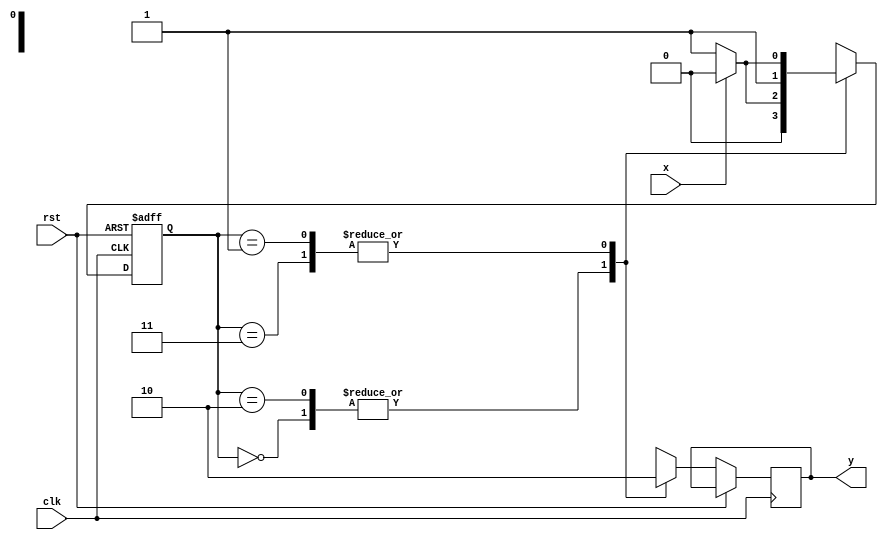
module MOORE_FSM(
    input x,clk,rst,
    output reg y
    );
	reg [1:0]p,n;
	parameter s0 = 2'b00;
	parameter s1 = 2'b01;
	parameter s2 = 2'b10;
	parameter s3 = 2'b11;
	always @(posedge clk,posedge rst)
	begin
		if(rst) 
			begin 
				p = s0;
			end
		else
		begin
				case ({ p })
					s0 :
						begin
							y = 1;
							if(x) 
								begin
									n = s0;
								end
							else
								begin 
									n = s1;
								end
						end
					s1 : 
						begin
							y = 0;
							if(x)
								begin
									n = s2;
								end
							else
								begin
									n = s3;
								end
						end
					s2 : 
						begin
							y = 1;
							if(x)
								begin
									n = s0;
								end
							else
								begin
									n = s1;
								end
						end
					s3 :
						begin
							y = 0;
							if(x)
								begin
									n = s2;
								end
							else
								begin
									n = s3;
								end
						end
				endcase
									 p = n;

			end	
	end

endmodule